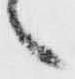
々